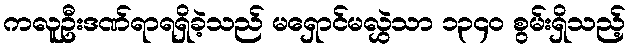
ကလူဦးဒဏ်ရာရရှိခဲ့သည် မရှောင်မလွှဲသာ ၁၃၄၀ စွမ်းရှိသည့်